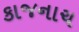
કાજનાચ